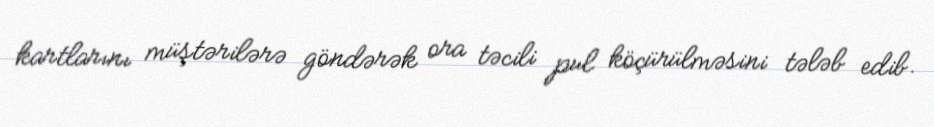
kartlarını müştərilərə göndərək ora təcili pul köçürülməsini tələb edib.